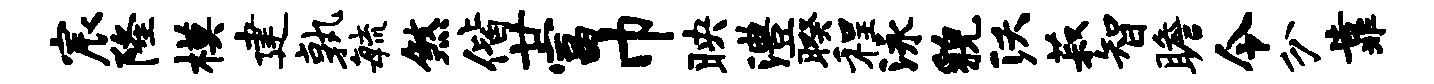
宸隆模建孰敏煞偕廿富巾映澧暌程泳貌沃菽智瞻令分靠